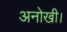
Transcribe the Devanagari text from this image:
अनोखी।